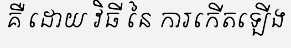
គឺ ដោយ វិធី នៃ ការកើតឡើង